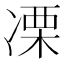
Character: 凓